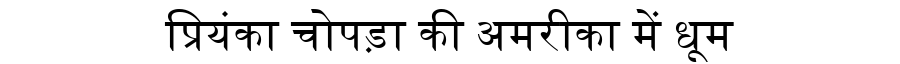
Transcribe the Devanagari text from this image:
प्रियंका चोपड़ा की अमरीका में धूम